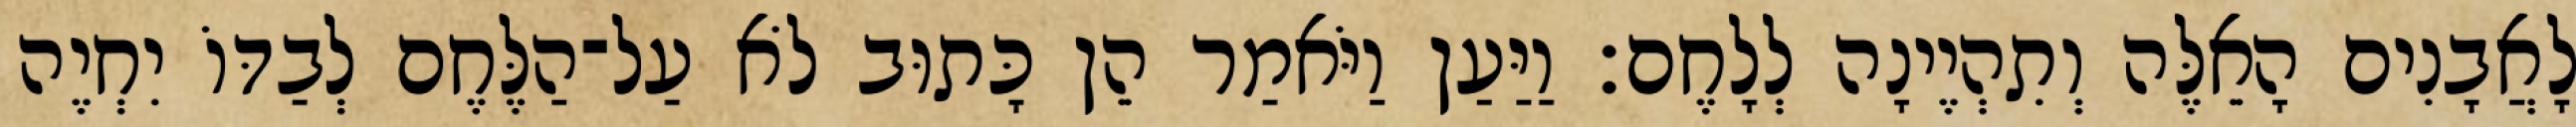
לָאֲבָנִים הָאֵלֶּה וְתִהְיֶינָה לְלָחֶם׃ וַיַּעַן וַיֹּאמַר הֵן כָּתוּב לֹא עַל־הַלֶּחֶם לְבַדּוֹ יִחְיֶה